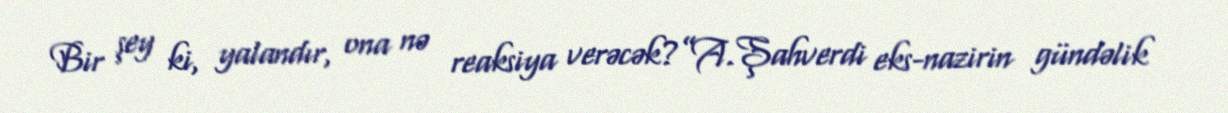
Bir şey ki, yalandır, ona nə reaksiya verəcək?”A.Şahverdi eks-nazirin gündəlik